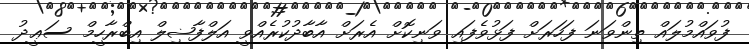
ފުވައްމުލައް ތިންވަނަ ފަހަރަށް ފަޅުވެފައި ވަނިކޮށް އެރަށް އާބާދުކުރެއްވީ އަލްފާޟިލް އިބްރާހީމް ސަޢީދު